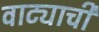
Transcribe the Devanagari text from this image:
वाट्याची